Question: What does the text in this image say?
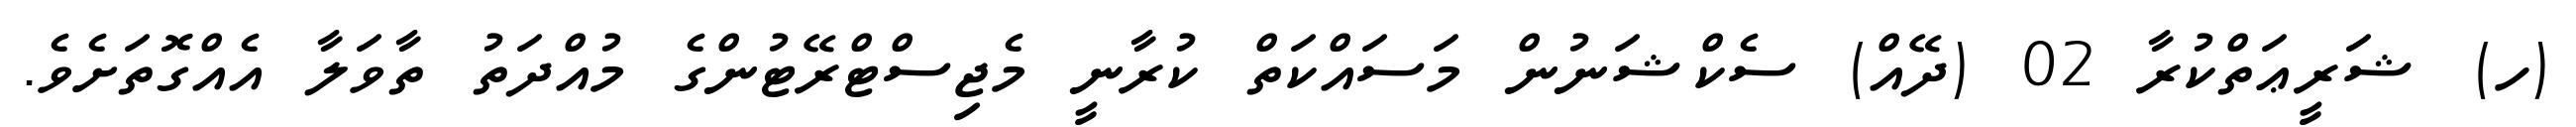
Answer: (ހ) ޝަރީޢަތްކުރާ 02 (ދޭއް) ސެކްޝަނުން މަސައްކަތް ކުރާނީ މެޖިސްޓްރޭޓުންގެ މުއްދަތު ތާވަލާ އެއްގޮތަށެވެ.